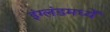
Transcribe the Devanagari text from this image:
इंग्लंडमध्यें